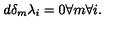
d \delta _ { m } \lambda _ { i } = 0 \forall m \forall i .